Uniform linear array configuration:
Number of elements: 48
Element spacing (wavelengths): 0.25
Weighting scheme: hamming
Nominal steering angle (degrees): -60
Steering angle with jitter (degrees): -60.303
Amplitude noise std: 0.05
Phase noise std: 0.05

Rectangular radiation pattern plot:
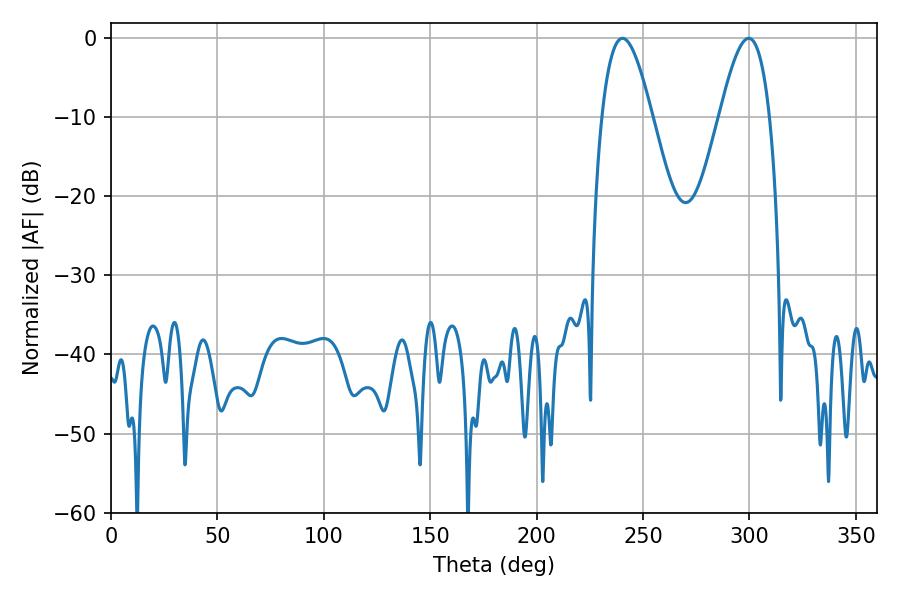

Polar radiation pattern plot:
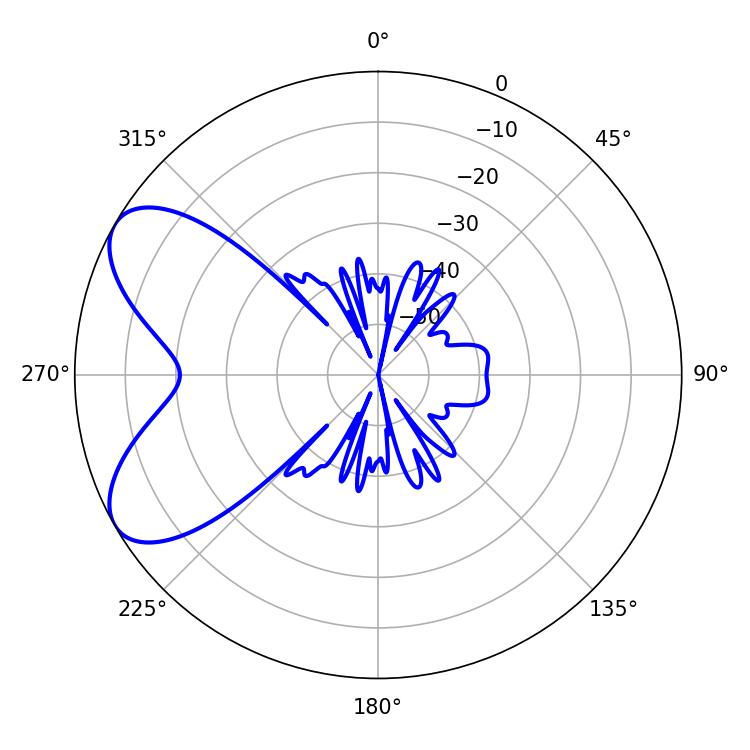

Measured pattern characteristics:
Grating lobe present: FALSE
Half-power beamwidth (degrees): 12.78
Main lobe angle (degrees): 240.3